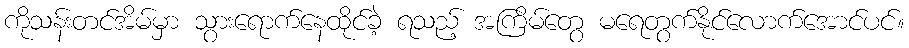
ကိုသန်းတင်အိမ်မှာ သွားရောက်နေထိုင်ခဲ့ ရသည့် အကြိမ်တွေ မရေတွက်နိုင်လောက်အောင်ပင်။